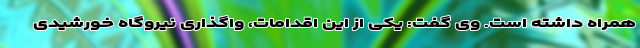
همراه داشته است. وی گفت: یکی از این اقدامات، واگذاری نیروگاه‌ خورشیدی